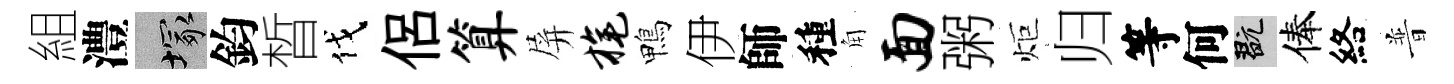
組澧塚鈞晳伐侶算屏旄鴨伊師種角面粥炬归等何玩俸絡普